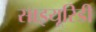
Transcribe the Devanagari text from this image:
साइयूरिडी